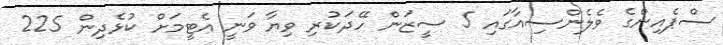
ސްޕެއިންގެ ވެލެންސިއާގައި 5 ސީޒަން ހޭދަކުރި ވިޔާ ވަނީ އެޓީމަށް ކުޅެދިން 225